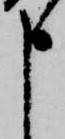
申